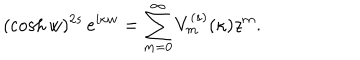
( \cosh w ) ^ { 2 s } \, e ^ { i \kappa w } = \sum _ { m = 0 } ^ { \infty } V _ { m } ^ { ( s ) } ( \kappa ) z ^ { m } .